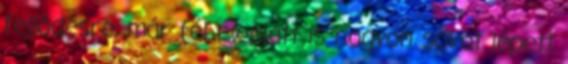
fejlődésre, már fél év alatt is nagyon sokat lépett